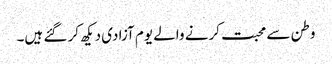
وطن سے محبت کرنے والے یوم آزادی دیکھ کر گئے ہیں۔